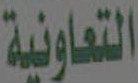
التعاونية